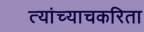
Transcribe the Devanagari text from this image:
त्यांच्याचकरिता